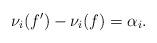
LaTeX: \begin{align*}\nu_i(f')-\nu_i(f)=\alpha_{i}.\end{align*}